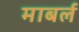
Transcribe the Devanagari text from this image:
माबर्ल